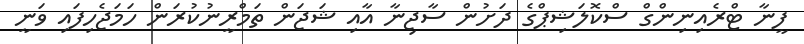
ފީނާ ޓްރެއިނިންގް ސްކޮލަޝިޕްގެ ދަށުން ސާޖިނާ އާއި ޝަޖަން ތަމްރީނުކުރަން ހަމަޖެހިފައި ވަނީ